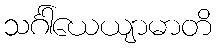
သင်္ဂါယေယျာမာတိ